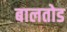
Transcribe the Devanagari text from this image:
बालतोड